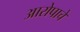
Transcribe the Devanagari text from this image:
आरोपाचे